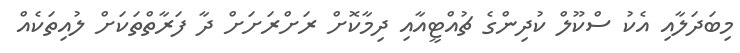
މިބަދަލާއި އެކު ސްކޫލް ކުދިންގެ ޗުއްޓީއާއި ދިމާކޮށް ރަށްރަށަށް ދާ ފަރާތްތަކަށް ލުއިތަކެއް